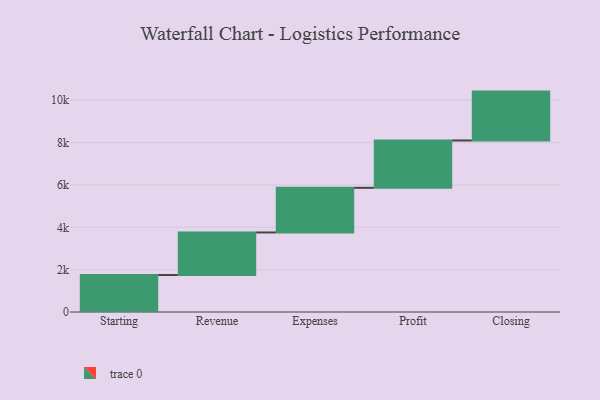
{"axis": {"x": "Step", "y": "Value"}, "legend": [""], "data": [{"x": "Starting", "y": 1746.0, "type": ""}, {"x": "Revenue", "y": 2011.0, "type": ""}, {"x": "Expenses", "y": 2108.0, "type": ""}, {"x": "Profit", "y": 2237.0, "type": ""}, {"x": "Closing", "y": 2308.0, "type": ""}]}